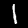
Label: 1